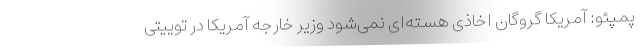
پمپئو: آمریکا گروگان اخاذی هسته‌ای نمی‌شود وزیر خارجه آمریکا در توییتی